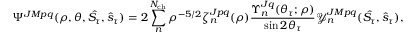
\Psi ^ { J M p q } ( \rho , \theta , \hat { S _ { \tau } } , \hat { s } _ { \tau } ) = 2 \sum _ { n } ^ { N _ { \mathrm { c h } } } \rho ^ { - 5 / 2 } \zeta _ { n } ^ { J p q } ( \rho ) \frac { \Upsilon _ { n } ^ { J q } ( \theta _ { \tau } ; \rho ) } { \sin { 2 \theta _ { \tau } } } \mathcal { Y } _ { n } ^ { J M p q } ( \hat { S _ { \tau } } , \hat { s } _ { \tau } ) ,